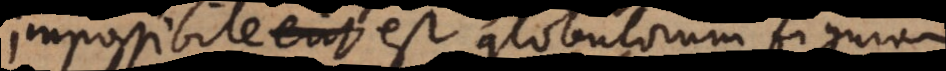
impossibile est globulorum figuram